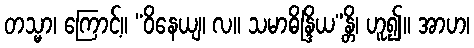
တသ္မာ၊ ကြောင့်။ “ဝိနေယျ၊ လ။ သမာဓိန္ဒြိယ”န္တိ၊ ဟူ၍။ အာဟ၊